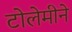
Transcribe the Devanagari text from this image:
टोलेमीने